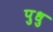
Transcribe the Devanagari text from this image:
पुधु